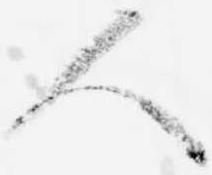
人